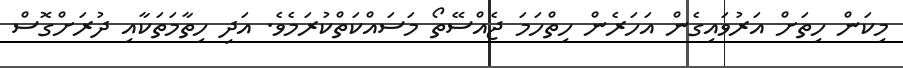
މިކަން ހިތަށް އަރުވައިގެން އަހަރެން ހިތްހަމަ ޖެއްސޭތޯ މަސައްކަތްކުރަމެވެ. އަދި ހިތާމަތަކާއި ދުރަށްގޮސް